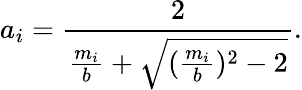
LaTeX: a_{i}=\frac{2}{\frac{m_{i}}{b}+\sqrt{(\frac{m_{i}}{b})^{2}-2}}.